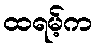
ထရမ့်က